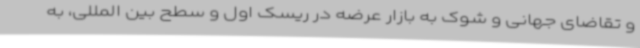
و تقاضای جهانی و شوک به بازار عرضه در ریسک اول و سطح بین المللی، به